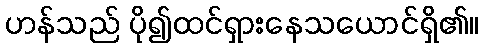
ဟန်သည် ပို၍ထင်ရှားနေသယောင်ရှိ၏။